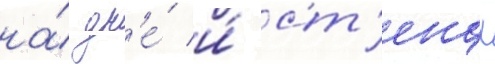
на́ дн'е́ и́ ст'енах